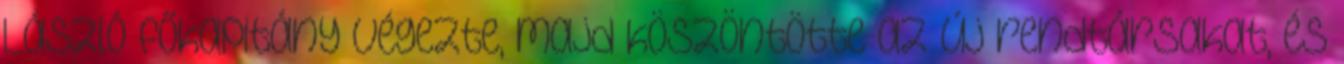
László főkapitány végezte, majd köszöntötte az új rendtársakat, és